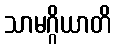
သာမဂ္ဂိယာတိ